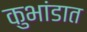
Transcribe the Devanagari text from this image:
कुभांडात